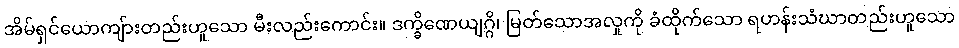
အိမ်ရှင်ယောကျ်ားတည်းဟူသော မီးလည်းကောင်း။ ဒက္ခိဏေယျဂ္ဂိ၊ မြတ်သောအလှုကို ခံထိုက်သော ရဟန်းသံဃာတည်းဟူသော